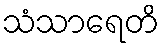
သံသာရေတိ